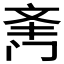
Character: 𲈿